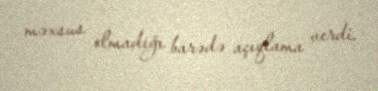
məxsus olmadığı barədə açıqlama verdi.